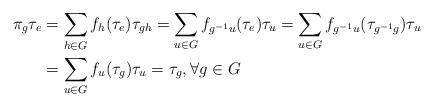
LaTeX: \begin{align*} \pi_g\tau_e&=\sum_{h\in G} f_h(\tau_e) \tau_{gh}=\sum_{u\in G} f_{g^{-1}u}(\tau_e) \tau_{u}=\sum_{u\in G} f_{g^{-1}u}(\tau_{g^{-1}g}) \tau_{u}\\ &=\sum_{u\in G} f_{u}(\tau_g) \tau_{u}=\tau_g, \forall g \in G \end{align*}